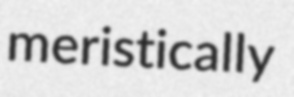
meristically